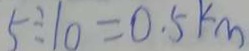
5 \div 1 0 = 0 . 5 k m